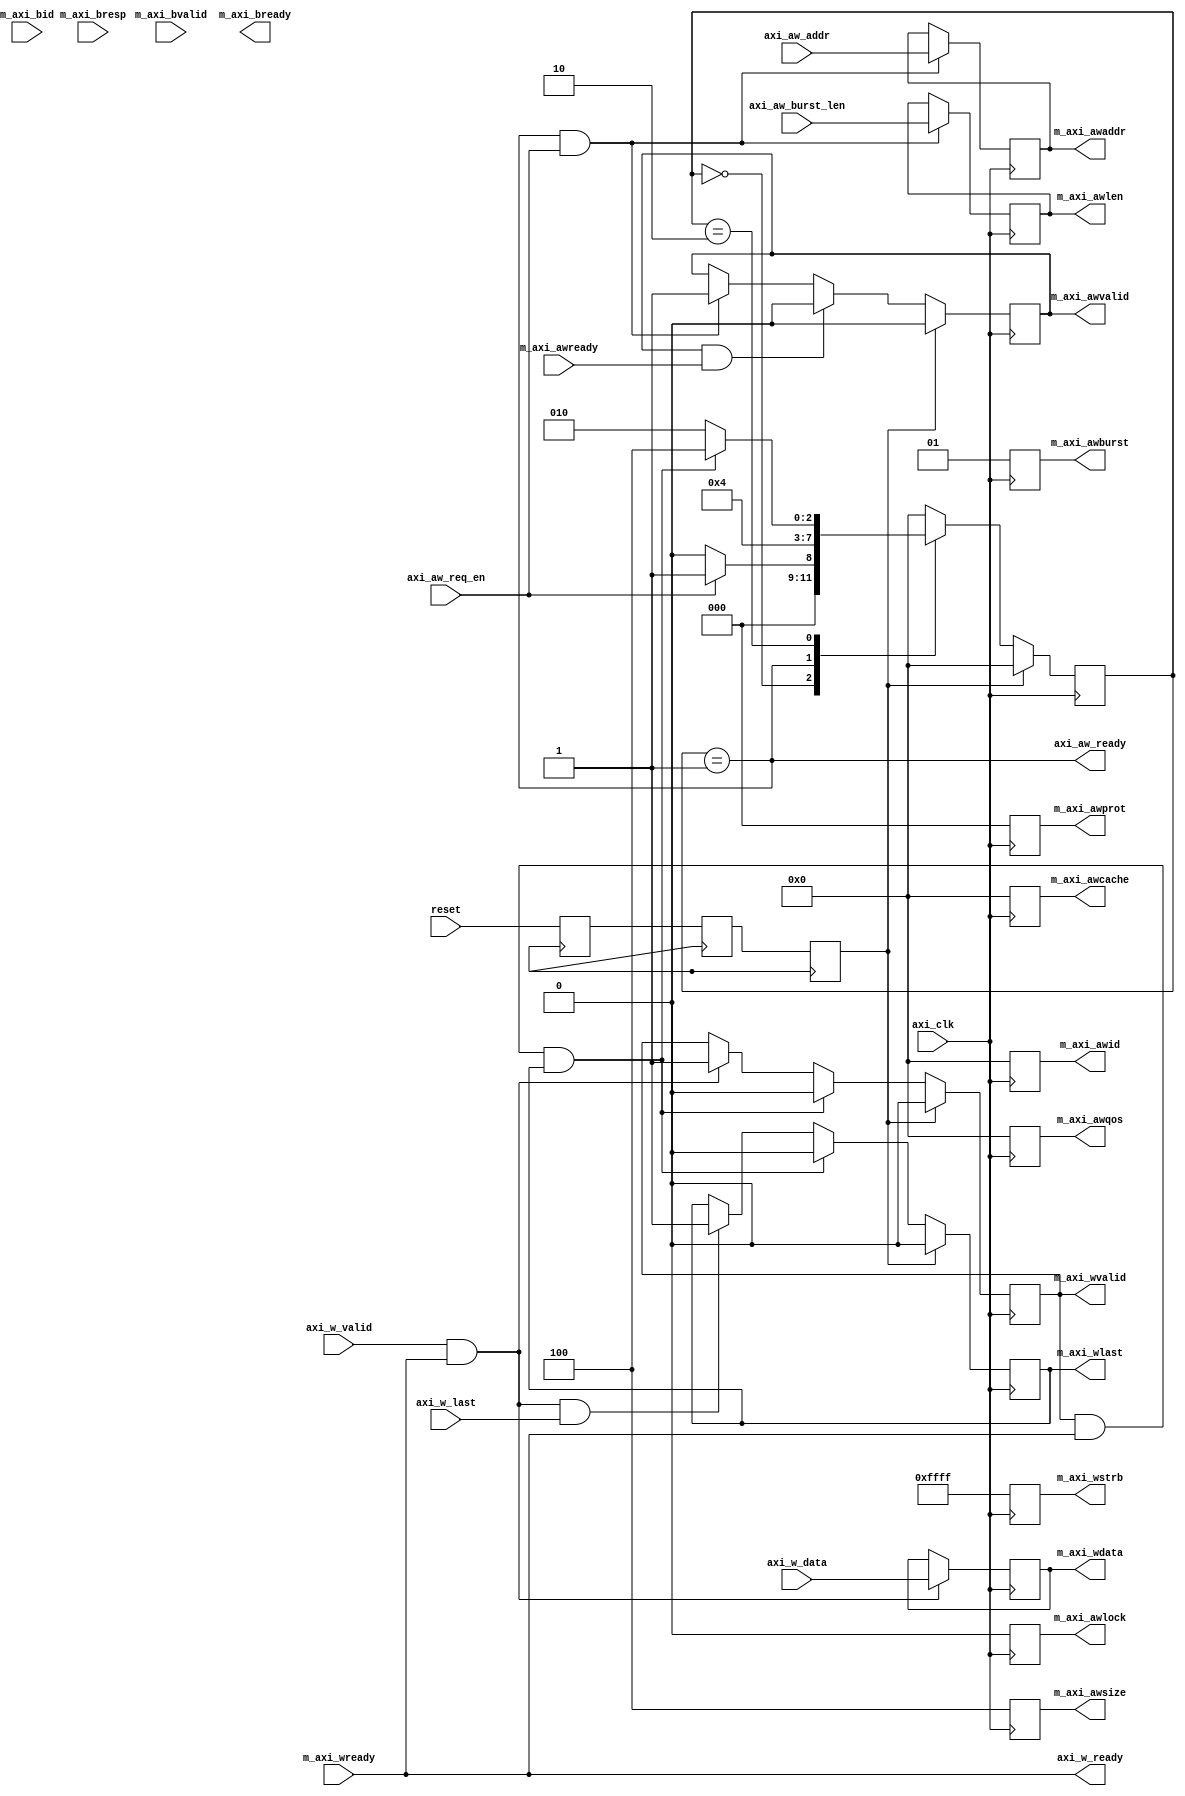
module axi_wr_master #(
    parameter AXI_DATA_WIDTH    = 'd128 ,
    parameter AXI_ADDR_WIDTH    = 'd32   
)(
    input                                   axi_clk         ,
    input                                   reset           ,

    output  reg     [3:0]                   m_axi_awid      ,
    output  reg     [AXI_ADDR_WIDTH-1:0]    m_axi_awaddr    ,
    output  reg     [7:0]                   m_axi_awlen     ,
    output  reg     [2:0]                   m_axi_awsize    ,
    output  reg     [1:0]                   m_axi_awburst   ,
    output  reg                             m_axi_awlock    ,
    output  reg     [3:0]                   m_axi_awcache   ,
    output  reg     [2:0]                   m_axi_awprot    ,
    output  reg     [3:0]                   m_axi_awqos     ,
    output  reg                             m_axi_awvalid   ,
    input   wire                            m_axi_awready   ,

    output  reg     [AXI_DATA_WIDTH-1:0]    m_axi_wdata     ,
    output  reg     [AXI_DATA_WIDTH/8-1:0]  m_axi_wstrb     ,
    output  reg                             m_axi_wvalid    ,
    output  reg                             m_axi_wlast     ,
    input   wire                            m_axi_wready    ,

    input   wire    [3:0]                   m_axi_bid       ,
    input   wire    [1:0]                   m_axi_bresp     ,
    input   wire                            m_axi_bvalid    ,
    output  wire                            m_axi_bready    ,

    output  reg                             axi_aw_ready    ,
    input   wire                            axi_aw_req_en   ,
    input   wire    [7:0]                   axi_aw_burst_len,
    input   wire    [AXI_ADDR_WIDTH-1:0]    axi_aw_addr     ,

    output  reg                             axi_w_ready     ,
    input   wire    [AXI_DATA_WIDTH-1:0]    axi_w_data      ,
    input   wire                            axi_w_valid     ,
    input   wire                            axi_w_last       
);
/*************************parameter**************************/
localparam AXI_IDLE     = 4'b0000;
localparam AXI_WR_PRE   = 4'b0001;
localparam AXI_WR_DATA  = 4'b0010;
localparam AXI_WR_END   = 4'b0100;

/****************************reg*****************************/
reg             a_reset_sync_d0 ;
reg             a_reset_sync_d1 ;
reg             a_reset_sync    ;

reg     [3:0]   axi_cur_status  ;
reg     [3:0]   axi_nxt_status  ;

/****************************wire****************************/


/********************combinational logic*********************/


/***********************instantiation************************/


/****************************FSM*****************************/


/**************************process***************************/
always@(posedge clk) begin
    a_reset_sync_d0 <= reset            ;
    a_reset_sync_d1 <= a_reset_sync_d0  ;
    a_reset_sync    <= a_reset_sync_d1  ;
end

always@(posedge axi_clk) begin
    m_axi_awid      <= 4'h0;
    m_axi_awburst   <= 2'b01; // incrementing burst
    m_axi_awlock    <= 1'b0;
    m_axi_awcache   <= 4'h0;
    m_axi_awprot    <= 3'h0;
    m_axi_awqos     <= 4'h0;
    m_axi_wstrb     <= {AXI_DATA_WIDTH/8{1'b1}};

    m_axi_awsize    <= AXI_DATA_WIDTH == 'd512 ? 3'd6 :
                       AXI_DATA_WIDTH == 'd256 ? 3'd5 :
                       AXI_DATA_WIDTH == 'd128 ? 3'd4 :
                       AXI_DATA_WIDTH == 'd64  ? 3'd3 :
                       AXI_DATA_WIDTH == 'd32  ? 3'd2 : 3'd0;
end


/*----------------------------------------------------------*\
                        AXI state machine
\*----------------------------------------------------------*/
always@(posedge axi_clk) begin
    if(a_reset_sync)
        axi_cur_status <= AXI_IDLE;
    else
        axi_cur_status <= axi_nxt_status;
end

always@(*) begin
    if(a_reset_sync)
        axi_nxt_status <= AXI_IDLE;
    else case(axi_cur_status)
        AXI_IDLE:
            if(axi_aw_req_en)
                axi_nxt_status <= AXI_WR_PRE;
            else
                axi_nxt_status <= AXI_IDLE;
        AXI_WR_PRE:
            axi_nxt_status <= AXI_WR_DATA;
        AXI_WR_DATA:
            if(m_axi_wvalid && m_axi_wready && m_axi_wlast)
                axi_nxt_status <= AXI_WR_END;
            else
                axi_nxt_status <= AXI_WR_DATA;
        AXI_WR_END:
            axi_nxt_status <= AXI_IDLE;
        default:
            axi_nxt_status <= AXI_IDLE;
    endcase
end

/*----------------------------------------------------------*\
                          ready signals
\*----------------------------------------------------------*/
always@(*) begin
    axi_aw_ready    <= axi_cur_status == AXI_WR_PRE;
    axi_w_ready     <= m_axi_wready;
end

/*----------------------------------------------------------*\
      axi write data channel and write address channel
\*----------------------------------------------------------*/
always@(posedge axi_clk) begin
    if(a_reset_sync)
        m_axi_awvalid <= 1'b0;
    else if(m_axi_awvalid && m_axi_awready)
        m_axi_awvalid <= 1'b0;
    else if(axi_aw_ready && axi_aw_req_en)
        m_axi_awvalid <= 1'b1;
end

always@(posedge axi_clk) begin
    if(axi_aw_ready && axi_aw_req_en) begin
        m_axi_awaddr    <= axi_aw_addr;
        m_axi_awlen     <= axi_aw_burst_len;
    end
end

always@(posedge axi_clk) begin
    if(a_reset_sync)
        m_axi_wvalid <= 1'b0;
    else if(m_axi_wvalid && m_axi_wready && m_axi_wlast)
        m_axi_wvalid <= 1'b0;
    else if(axi_w_valid && axi_w_ready)
        m_axi_wvalid <= 1'b1;
end

always@(posedge axi_clk) begin
    if(a_reset_sync)
        m_axi_wlast <= 1'b0;
    else if(m_axi_wvalid && m_axi_wready && m_axi_wlast)
        m_axi_wlast <= 1'b0;
    else if(axi_w_valid && axi_w_ready && axi_w_last)
        m_axi_wlast <= 1'b1;
end

always@(posedge axi_clk) begin
    if(axi_w_valid && axi_w_ready)
        m_axi_wdata <= axi_w_data;
    else
        m_axi_wdata <= m_axi_wdata;
end

endmodule